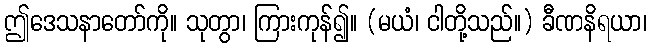
ဤဒေသနာတော်ကို။ သုတွာ၊ ကြားကုန်၍။ (မယံ၊ ငါတို့သည်။) ခီဏနိရယာ၊